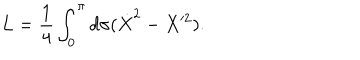
L = \frac { 1 } { 4 } \int _ { 0 } ^ { \pi } d \sigma ( \dot { X } ^ { 2 } - X ^ { 2 } ) .